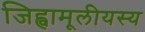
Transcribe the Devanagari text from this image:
जिह्वामूलीयस्य